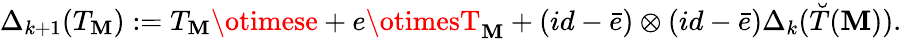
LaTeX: \Delta_{k+1}(T_{\mathbf{M}}):=T_{\mathbf{M}}\otimese+e\otimesT_{\mathbf{M}}+(id-\bar{{e}})\otimes(id-\bar{{e}})\Delta_{k}(\breve{{T}}(\mathbf{M})).